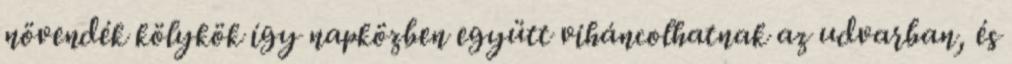
növendék kölykök így napközben együtt viháncolhatnak az udvarban, és